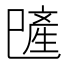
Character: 𪩯